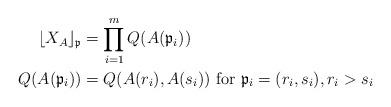
LaTeX: \begin{align*} \lfloor X_A \rfloor_\mathfrak{p}&=\prod_{i=1}^m Q(A(\mathfrak{p}_i))\\ Q(A(\mathfrak{p}_i))&= Q(A(r_i),A(s_i)) \text{ for }\mathfrak{p}_i=(r_i,s_i),r_i>s_i\end{align*}